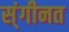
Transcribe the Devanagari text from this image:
स्ंगीनत